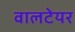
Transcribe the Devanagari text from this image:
वालटेयर